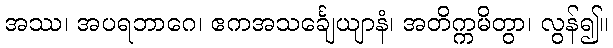
အဿ၊ အပရဘာဂေ၊ ဧကအသင်္ချေယျာနံ၊ အတိက္ကမိတွာ၊ လွန်၍။